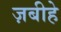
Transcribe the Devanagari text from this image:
ज़बीहे